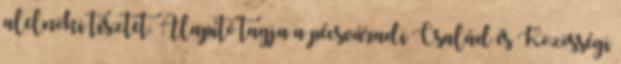
alelnöki tisztet. Alapító tagja a pécsváradi Család és Közösségi